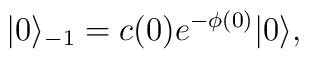
|0\rangle_{-1}=c(0)e^{-\phi(0)}|0\rangle,